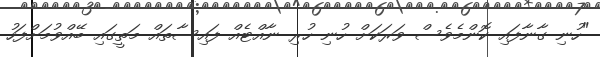
"ހުނި ގާނާފައި ކޮންމެވެސް ވަރަކަށް ހުނި ހުރި ނާއްޓެއް ފައިސާތައް މަތީގައި ބޭއްވުމަށްފަހު